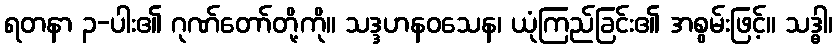
ရတနာ ၃-ပါး၏ ဂုဏ်တော်တို့ကို။ သဒ္ဒဟနဝသေန၊ ယုံကြည်ခြင်း၏ အစွမ်းဖြင့်။ သဒ္ဓါ၊